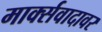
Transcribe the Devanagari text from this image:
मार्क्सवादावर